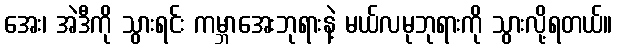
အေး၊ အဲဒီကို သွားရင်း ကမ္ဘာအေးဘုရားနဲ့ မယ်လမုဘုရားကို သွားလို့ရတယ်။